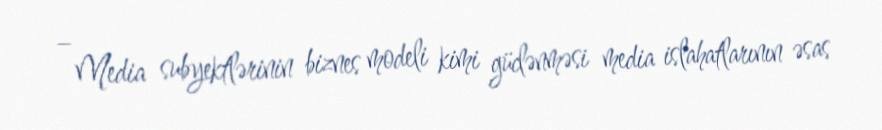
– Media subyektlərinin biznes modeli kimi güclənməsi media islahatlarının əsas